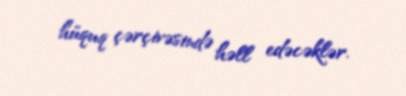
hüquq çərçivəsində həll edəcəklər.